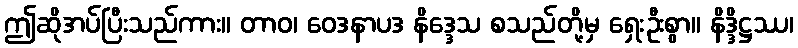
ဤဆိုအပ်ပြီးသည်ကား။ တာဝ၊ ဝေဒနာပဒ နိဒ္ဒေသ စသည်တို့မှ ရှေးဦးစွာ။ နိဒ္ဒိဋ္ဌဿ၊